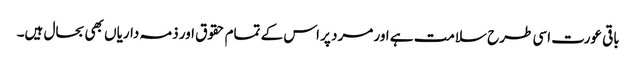
باقی عورت اسی طرح سلامت ہے اور مرد پر اس کے تمام حقوق اور ذمہ داریاں بھی بحال ہیں۔